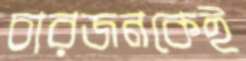
চারজনকেই